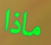
ماذا